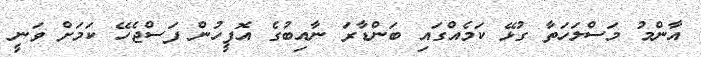
އާންމު މަސްލަހަތާ ގުޅޭ ކަމެއްގައި ބަންޑާރަ ނާއިބުގެ އޮފީހުން ފަސްޖެހޭ ކަމަށް ވަނީ